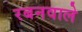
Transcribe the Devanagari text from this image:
रबनवाले